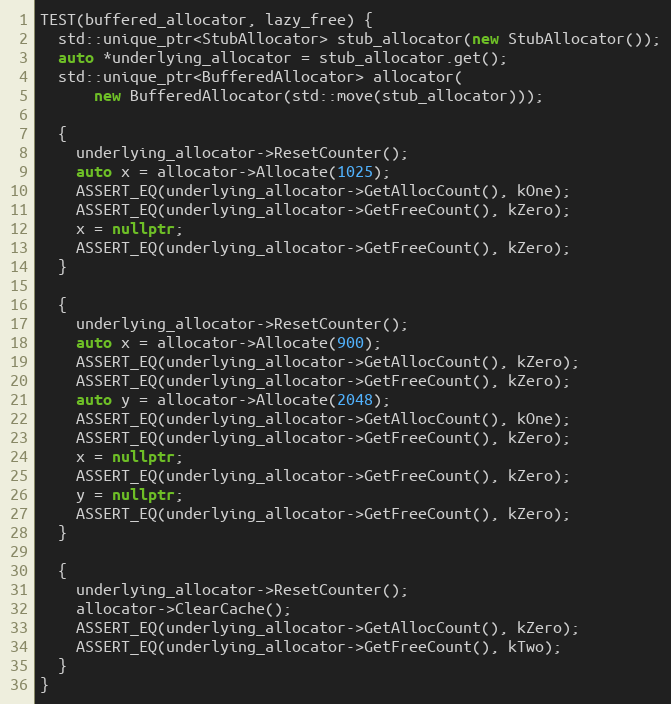
Language: C++
TEST(buffered_allocator, lazy_free) {
  std::unique_ptr<StubAllocator> stub_allocator(new StubAllocator());
  auto *underlying_allocator = stub_allocator.get();
  std::unique_ptr<BufferedAllocator> allocator(
      new BufferedAllocator(std::move(stub_allocator)));

  {
    underlying_allocator->ResetCounter();
    auto x = allocator->Allocate(1025);
    ASSERT_EQ(underlying_allocator->GetAllocCount(), kOne);
    ASSERT_EQ(underlying_allocator->GetFreeCount(), kZero);
    x = nullptr;
    ASSERT_EQ(underlying_allocator->GetFreeCount(), kZero);
  }

  {
    underlying_allocator->ResetCounter();
    auto x = allocator->Allocate(900);
    ASSERT_EQ(underlying_allocator->GetAllocCount(), kZero);
    ASSERT_EQ(underlying_allocator->GetFreeCount(), kZero);
    auto y = allocator->Allocate(2048);
    ASSERT_EQ(underlying_allocator->GetAllocCount(), kOne);
    ASSERT_EQ(underlying_allocator->GetFreeCount(), kZero);
    x = nullptr;
    ASSERT_EQ(underlying_allocator->GetFreeCount(), kZero);
    y = nullptr;
    ASSERT_EQ(underlying_allocator->GetFreeCount(), kZero);
  }

  {
    underlying_allocator->ResetCounter();
    allocator->ClearCache();
    ASSERT_EQ(underlying_allocator->GetAllocCount(), kZero);
    ASSERT_EQ(underlying_allocator->GetFreeCount(), kTwo);
  }
}